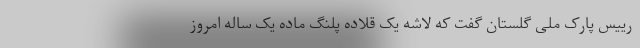
رییس پارک ملی گلستان گفت که لاشه یک قلاده پلنگ ماده یک ساله امروز